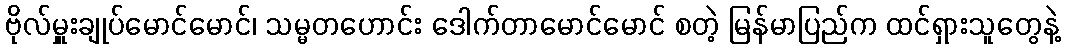
ဗိုလ်မှူးချုပ်မောင်မောင်၊ သမ္မတဟောင်း ဒေါက်တာမောင်မောင် စတဲ့ မြန်မာပြည်က ထင်ရှားသူတွေနဲ့